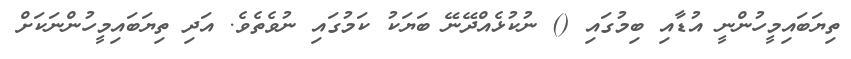
ތިޔަބައިމީހުންނީ އުޑާއި ބިމުގައި () ނުކުޅެއްދޭނޭ ބަޔަކު ކަމުގައި ނުވެތެވެ. އަދި ތިޔަބައިމީހުންނަކަށް